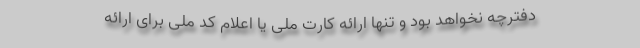
دفترچه نخواهد بود و تنها ارائه کارت ملی یا اعلام کد ملی برای ارائه